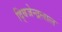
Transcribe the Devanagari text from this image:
द्बिजेन्द्रलाल